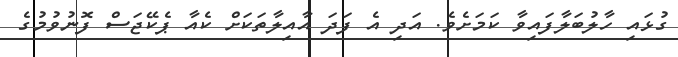
ގުޅައި ހާލުބަލާފައިވާ ކަމަށެވެ. އަދި އެ ފަދަ އާއިލާތަކަށް ކެއާ ޕެކޭޭޖަސް ފޮނުވުމުގެ